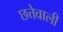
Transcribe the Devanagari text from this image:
छत्तेवाली